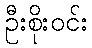
ဦးစိုးဝင်း